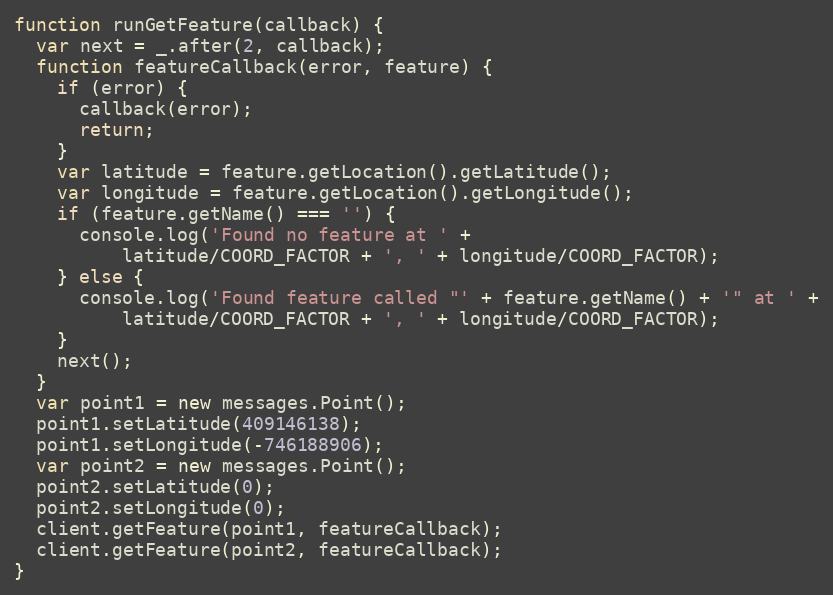
Language: JavaScript
function runGetFeature(callback) {
  var next = _.after(2, callback);
  function featureCallback(error, feature) {
    if (error) {
      callback(error);
      return;
    }
    var latitude = feature.getLocation().getLatitude();
    var longitude = feature.getLocation().getLongitude();
    if (feature.getName() === '') {
      console.log('Found no feature at ' +
          latitude/COORD_FACTOR + ', ' + longitude/COORD_FACTOR);
    } else {
      console.log('Found feature called "' + feature.getName() + '" at ' +
          latitude/COORD_FACTOR + ', ' + longitude/COORD_FACTOR);
    }
    next();
  }
  var point1 = new messages.Point();
  point1.setLatitude(409146138);
  point1.setLongitude(-746188906);
  var point2 = new messages.Point();
  point2.setLatitude(0);
  point2.setLongitude(0);
  client.getFeature(point1, featureCallback);
  client.getFeature(point2, featureCallback);
}